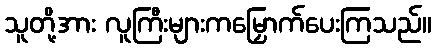
သူတို့အား လူကြီးများကမြှောက်ပေးကြသည်။